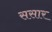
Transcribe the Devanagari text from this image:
ससार